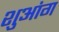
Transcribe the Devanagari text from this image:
शुआंग